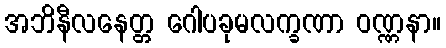
အဘိနီလနေတ္တ ဂေါပခုမလက္ခဏာ ဝဏ္ဏနာ။